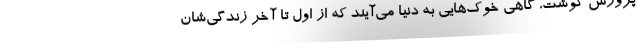
پرورش گوشت، گاهی خوک‌هایی به دنیا می‌آیند که از اول تا آخر زندگی‌شان